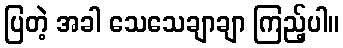
ပြတဲ့ အခါ သေသေချာချာ ကြည့်ပါ။